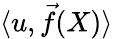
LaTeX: \langle u,{\vec{f}}(X)\rangle